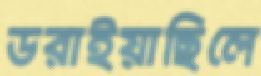
ডরাইয়াছিলে